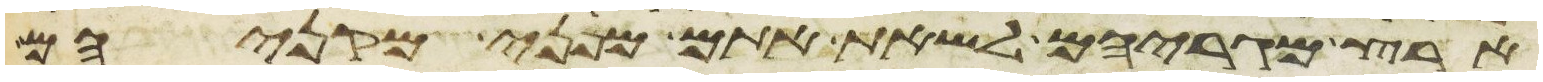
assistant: ארץ מגריהם לשאת אתם מפני מקניהם